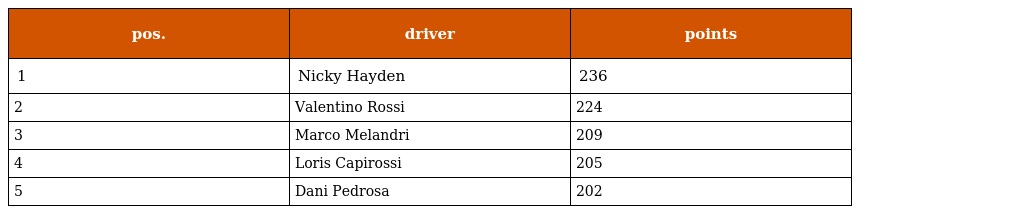
| pos. | driver | points |
 | --- | --- | --- |
 | 1 | Nicky Hayden | 236 |
 | 2 | Valentino Rossi | 224 |
 | 3 | Marco Melandri | 209 |
 | 4 | Loris Capirossi | 205 |
 | 5 | Dani Pedrosa | 202 |